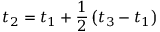
t _ { 2 } = t _ { 1 } + { \frac { 1 } { 2 } } \left( t _ { 3 } - t _ { 1 } \right)